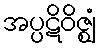
အပ္ပဋိဝိဇ္ဈံ